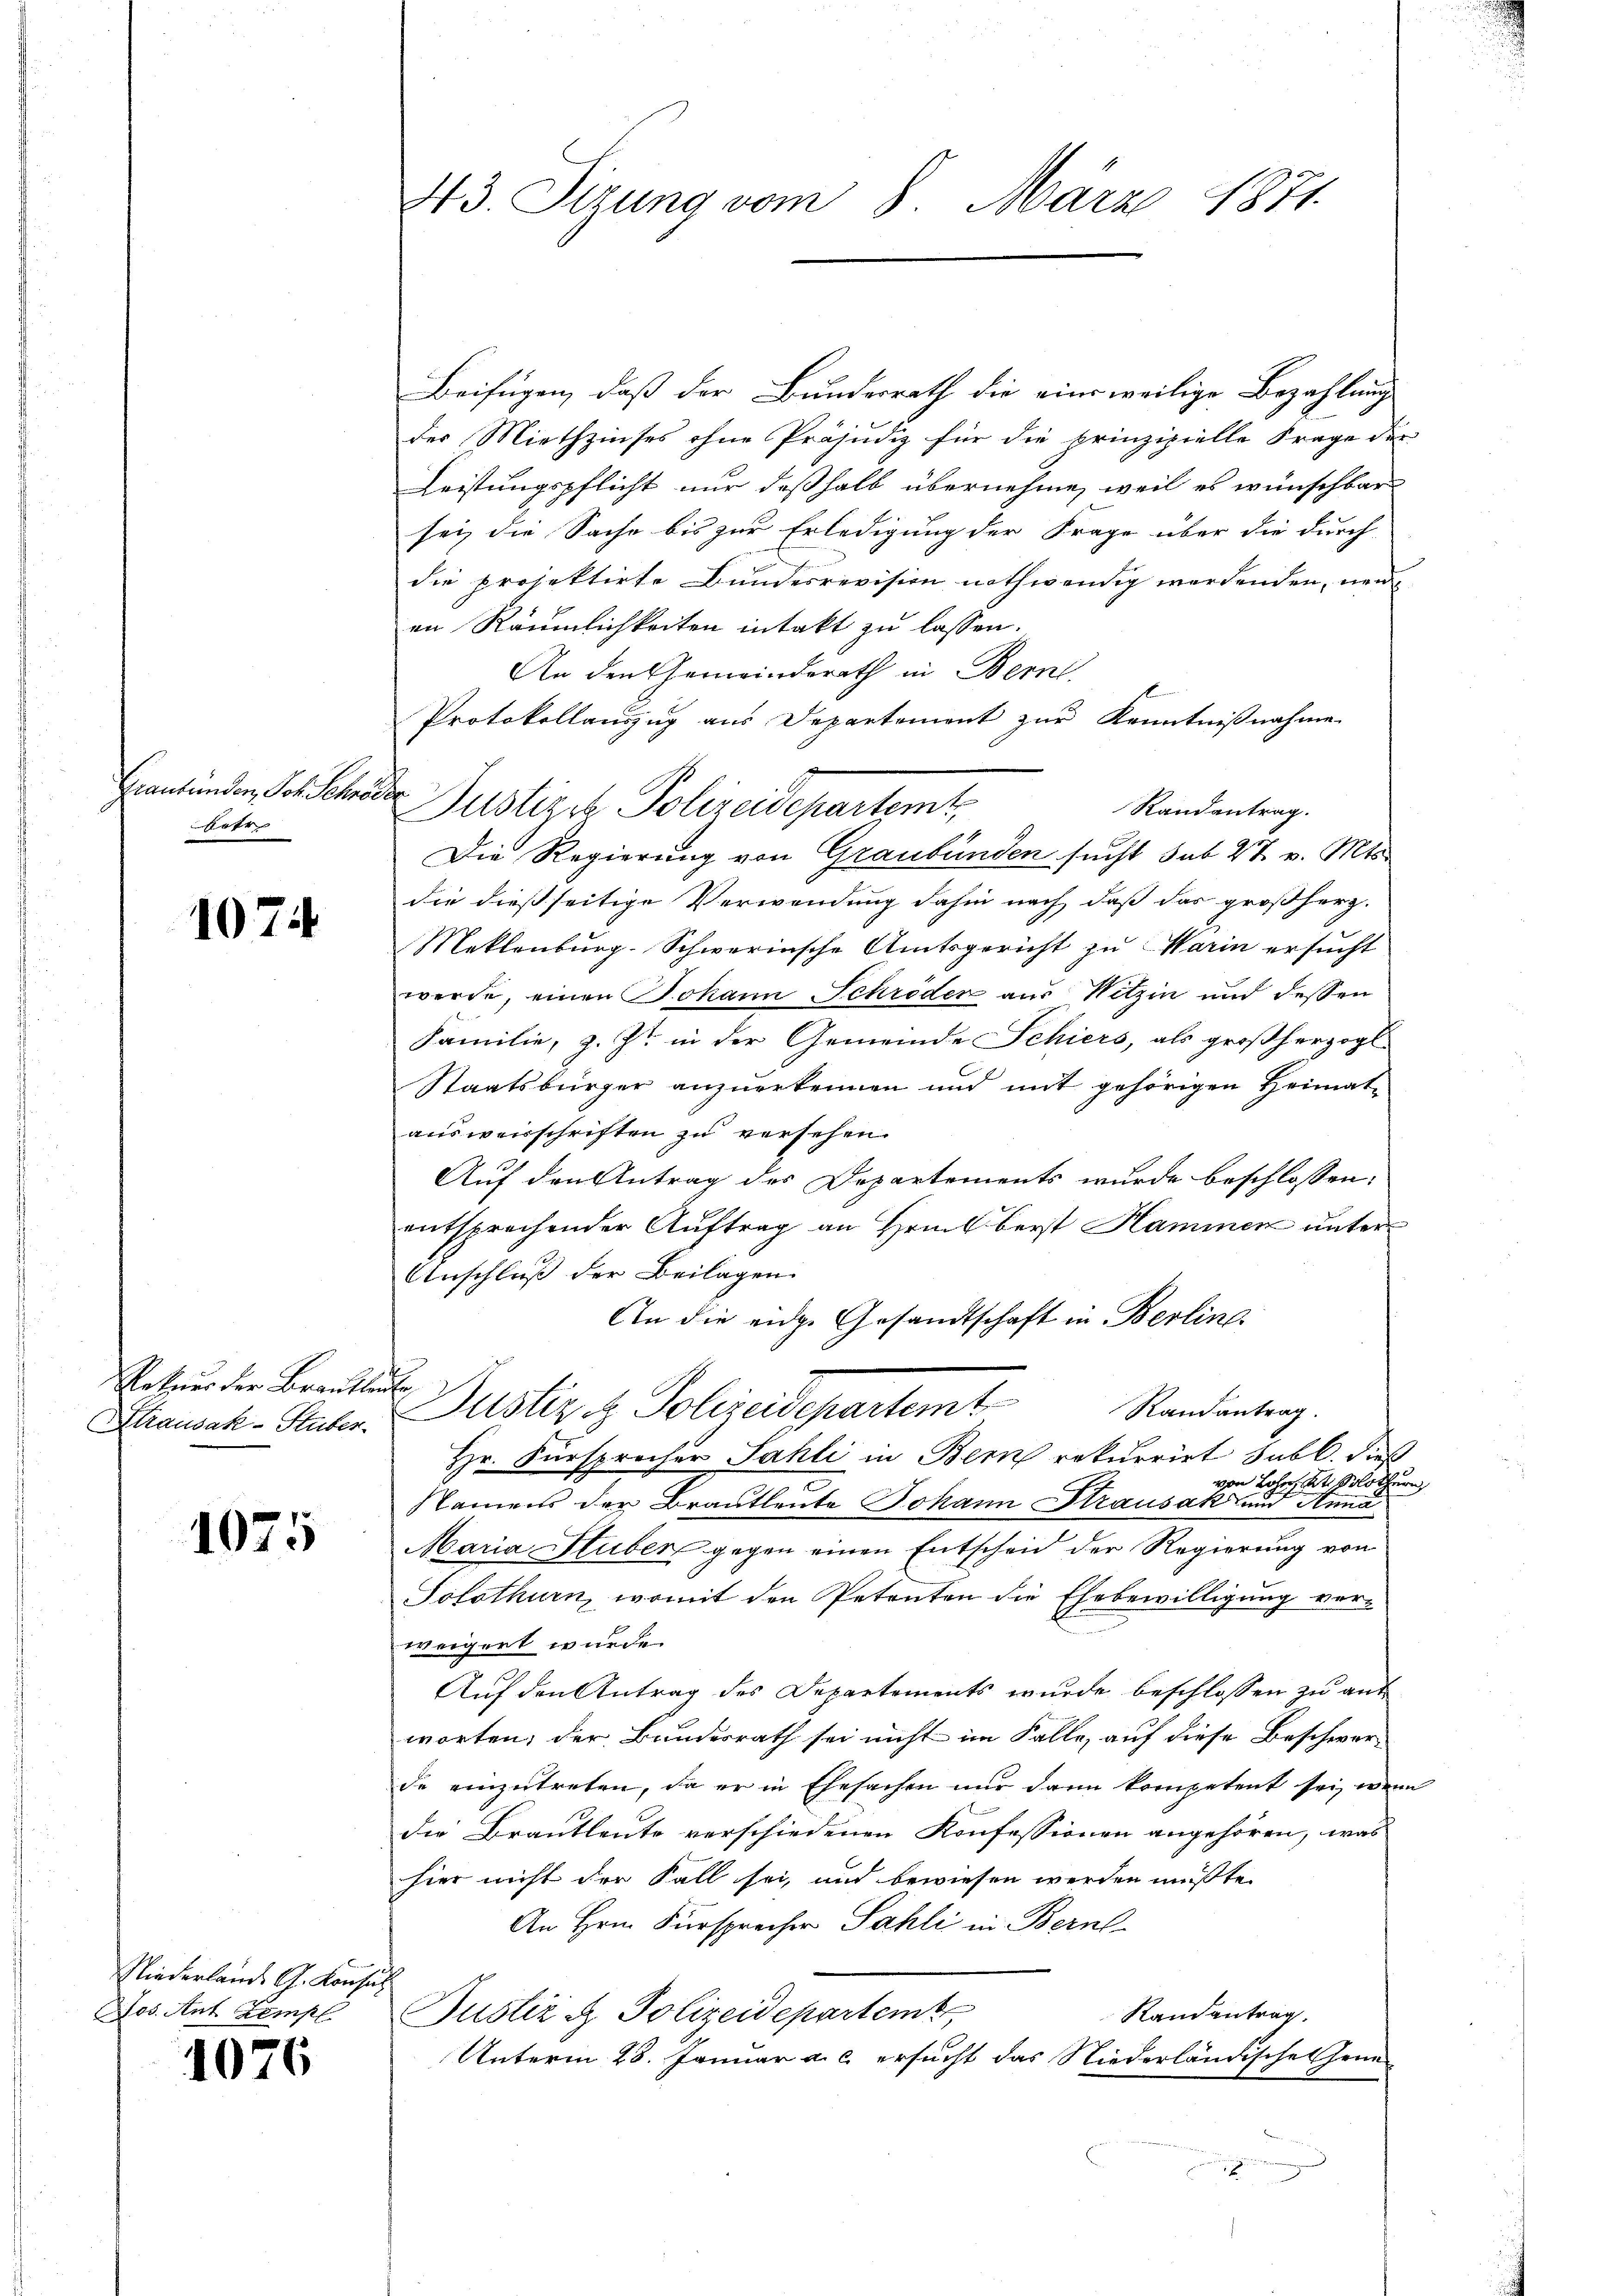
raubünden, Joh. Schröder
Fotr

1074

Rekurs der Braute

1075

Niederlands G. Konsul
Jos. Ant. Zempl

4076

43. Sizung vom 8. März 1871.

Beifügen, daß der Bundesrath die eine weilige Bezahlung
der Miethzinses ohne Präjudiz für die prinzipielle Frage der
Leistungspflicht nur deßhalb übernehme, weil es wünschbar
sei, die Sache bis zur Erledigung der Frage über die durch
die projektirte Bundesrevision nothwendig werdenden, neu
en Räumlichkeiten intakt zu lassen.
An den Gemeinderath in Bern,
1
Protokollauszug aus Departement zur Kenntnißnahme
Randantrag.
Die Regierung von Graubünden sucht sub 27. v. Mts.
die dießseitige Verwendung dahin nach, daß das großherz-
Neklenburg. Schwerinsche Amtsgericht zu Warin ersucht
werde, einen Johann Schröder aus Witzin und dessen
Familie, z. Zt. in der Gemeinde Schiers, als großherzogl.
Staatsbürger anzuerkennen und mit gehörigen Heimat-
ausweisschriften zu versehen.
Auf den Antrag der Departements wurde beschlossen:
entsprechender Auftrag an Hrn. Berst Hammen unter-
Anschluß der Beilagen.
An die eidg. Gesandtschaft in Berline
f
Minnak-Pater Justiz & Polizeidepartemt Randantrag.
Hr. Fürsprecher Sahli in Bern rekurrirt subl. dieß
von Loher, St. Solothurn,
Namens der Brautleute Johann Strausak und Anna
Maria Stuber gegen einen Entscheid der Regierung von
Solothurn, womit den Petenten die Ehebewilligung ver-
weigert wurde.
Auf den Antrag des Departements wurde beschlossen zu aus
worten; der Bundesrath sei nicht im Falle, auf diese Beschwer-
de einzutreten, da er in Ehesachen nur dann kompetent sei, wenn
die Brautleute verschiedenen Konfessionen angehören, was
hier nicht der Fall sei, und bewiesen werden müßte.
An Hrn. Fürsprecher Sahli in Bern
Randantrag
Justiz & Polizeidepartemt
Unterm 28. Januar a. c. ersucht das Niederländische Grün
x

Justiziz Polizeidepartemt,